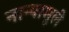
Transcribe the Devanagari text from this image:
नान्यामुले